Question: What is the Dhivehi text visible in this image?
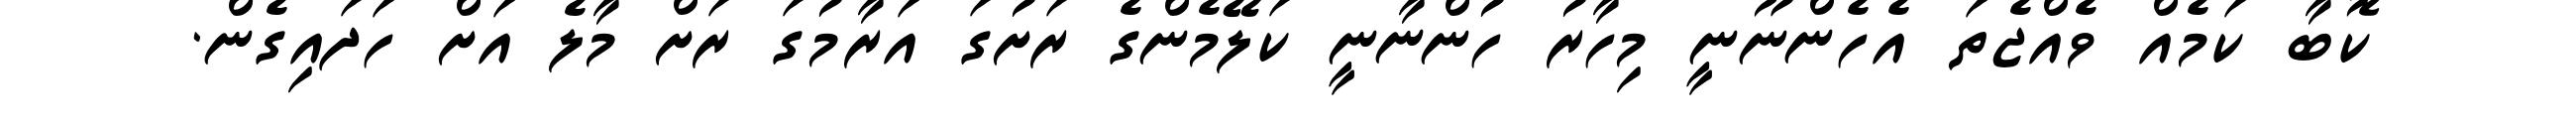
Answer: ކޮބާ ކަމެއް ވެއްޖެތަ އެހެންނޫނީ މިހާރު ހުންނާނީ ކަލޭމެންގެ ރަށުގަ އަރާމުގަ ރަށް މާލެ އަށް ހަދައިގެން.